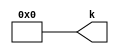
module vffc517_v465065 #(
 parameter VALUE = 0
) (
 output [7:0] k
);
 assign k = VALUE;
endmodule